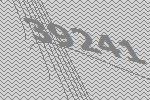
39241